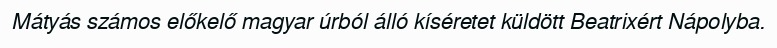
Mátyás számos előkelő magyar úrból álló kíséretet küldött Beatrixért Nápolyba.